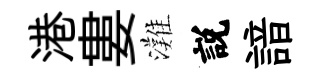
港婁灘説諳